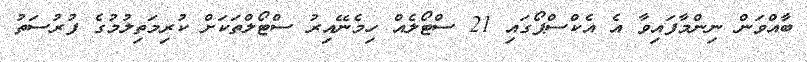
ބާއްވަން ނިންމާފައިވާ އެ އެކްސްޕޯގައި 21 ސްޓޯލެއް ހިމެނޭއިރު ސްޓޯލްތަކަށް ކުރިމަތިލުމުގެ ފުރުސަތު